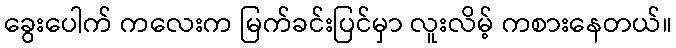
ခွေးပေါက် ကလေးက မြက်ခင်းပြင်မှာ လူးလိမ့် ကစားနေတယ်။